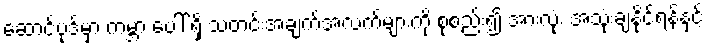
ဆောင်ပုဒ်မှာ ကမ္ဘာ ပေါ် ရှိ သတင်းအချက်အလက်များကို စုစည်း၍ အားလုံး အသုံးချနိုင်ရန်နှင့်